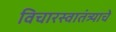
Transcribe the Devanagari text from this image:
विचारस्वातंत्र्याचे